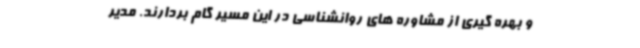
و بهره گیری از مشاوره های روانشناسی در این مسیر گام بردارند. مدیر